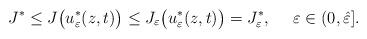
LaTeX: \begin{align*} J^{*} \le J\big(u_{\varepsilon}^{*}(z,t)\big) \le J_{\varepsilon}\big(u_{\varepsilon}^{*}(z,t)\big) = J_{\varepsilon}^{*},\ \ \ \ \varepsilon \in(0,\hat{\varepsilon}].\end{align*}